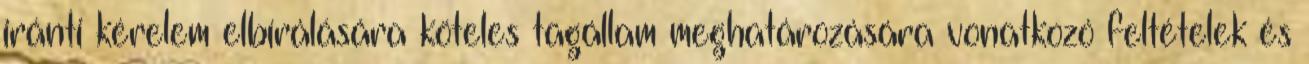
iránti kérelem elbírálására köteles tagállam meghatározására vonatkozó feltételek és